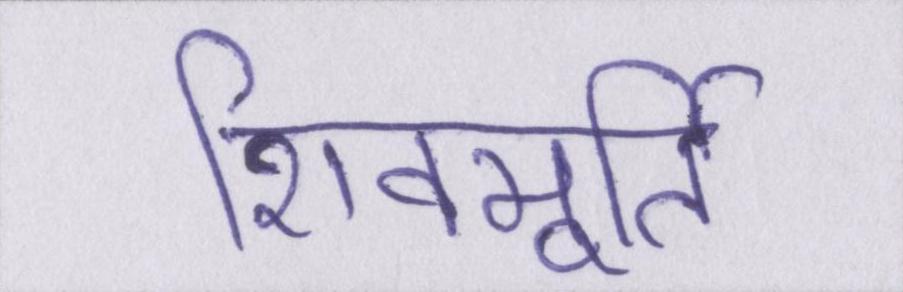
शिवमूर्ति